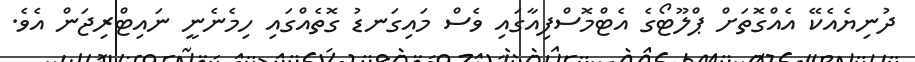
ދުނިޔެއެކޭ އެއްގޮތަށް ޕްލޫޓޯގެ އެޓްމޮސްފިއާގައި ވެސް މައިގަނޑު ގޮތެއްގައި ހިމެނެނީ ނައިޓްރިޖަން އެވެ.